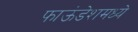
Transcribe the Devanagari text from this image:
फाऊंडेशमध्ये